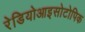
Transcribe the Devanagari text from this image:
रेडियोआइसोटोपिक